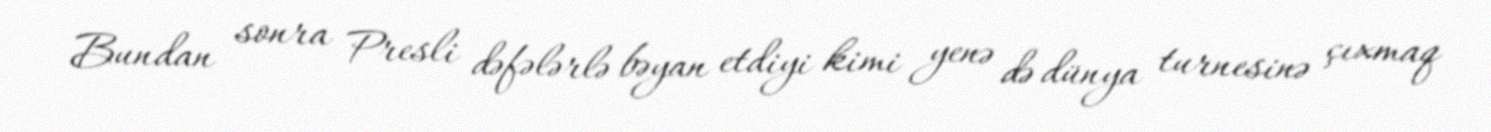
Bundan sonra Presli dəfələrlə bəyan etdiyi kimi yenə də dünya turnesinə çıxmaq